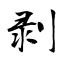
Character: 剥